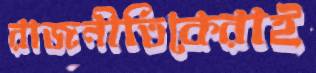
রাজনীতিকেরাই